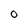
Character: O